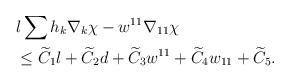
LaTeX: \begin{align*}&l\sum h_{k}\nabla_{k}\chi-w^{11}\nabla_{11}\chi\\&\leq \widetilde{C}_{1}l+\widetilde{C}_{2}d+\widetilde{C}_{3}w^{11}+\widetilde{C}_{4}w_{11}+\widetilde{C}_{5}.\end{align*}